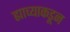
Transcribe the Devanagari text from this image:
ह्याच्याकडून